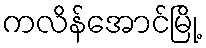
ကလိန်အောင်မြို့